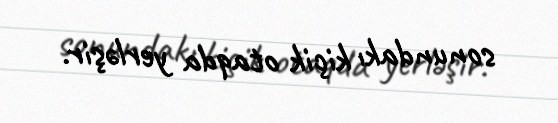
sonundakı kiçik otaqda yerləşir.